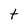
Character: t